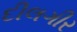
દીલગીર